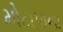
મોટાપાના